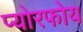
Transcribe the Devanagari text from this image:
प्योरफोय